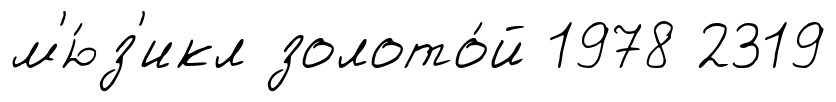
м'ю́з'икл золото́й 1978 2319